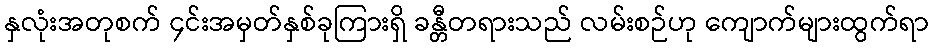
နှလုံးအတုစက် ၄င်းအမှတ်နှစ်ခုကြားရှိ ခန္တီတရားသည် လမ်းစဉ်ဟု ကျောက်များထွက်ရာ